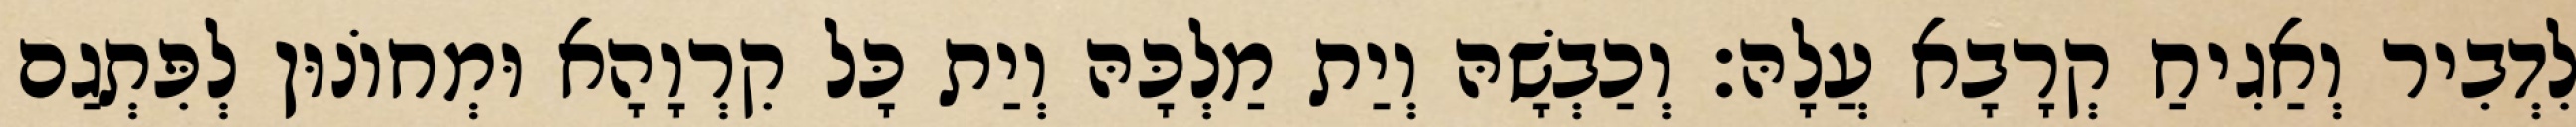
לִדְבִיר וְאַגִיחַ קְרָבָא עֲלָהּ׃ וְכַבְשָׁהּ וְיַת מַלְכָּהּ וְיַת כָּל קִרְוָהָא וּמְחוֹנוּן לְפִּתְגַם